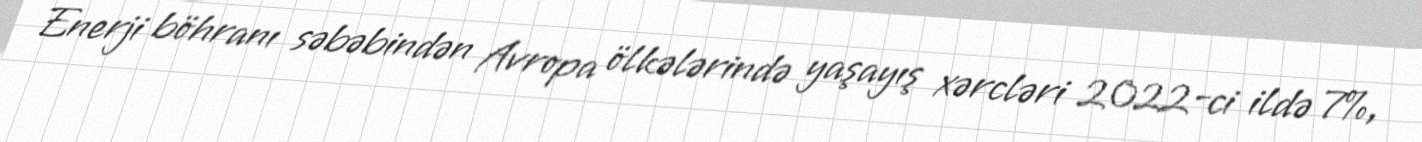
Enerji böhranı səbəbindən Avropa ölkələrində yaşayış xərcləri 2022-ci ildə 7%,